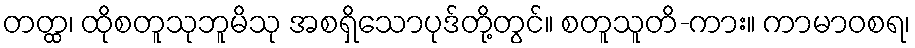
တတ္ထ၊ ထိုစတူသုဘူမိသု အစရှိသောပုဒ်တို့တွင်။ စတူသူတိ-ကား။ ကာမာဝစရ၊